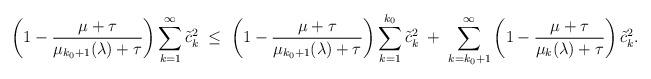
LaTeX: \begin{align*}\left( 1 - \frac{\mu+\tau}{ \mu_{k_0+1}(\lambda) + \tau} \right) \sum_{k=1}^\infty \tilde{c}_k^2 \; \leq \; \left( 1 - \frac{\mu+\tau}{ \mu_{k_0+1}(\lambda) + \tau} \right) \sum_{k=1}^{k_0} \tilde{c}_k^2 \; + \; \sum_{k=k_0+1}^\infty \left( 1 - \frac{\mu+\tau}{ \mu_k(\lambda) + \tau} \right)\tilde{c}_k^2.\end{align*}